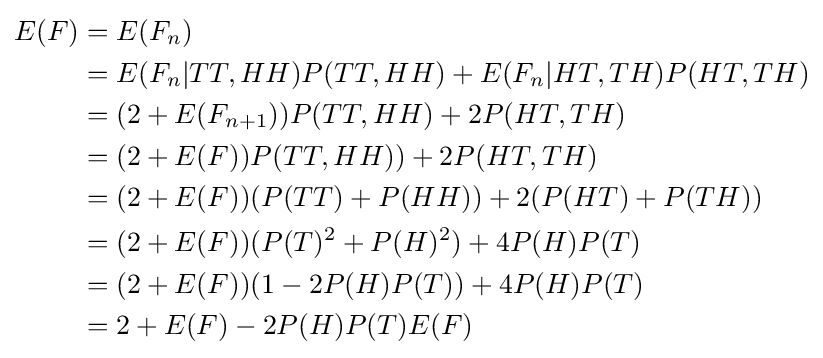
{\begin{aligned}E(F)&=E(F_{n})\\&=E(F_{n}|TT,HH)P(TT,HH)+E(F_{n}|HT,TH)P(HT,TH)\\&=(2+E(F_{n+1}))P(TT,HH)+2P(HT,TH)\\&=(2+E(F))P(TT,HH))+2P(HT,TH)\\&=(2+E(F))(P(TT)+P(HH))+2(P(HT)+P(TH))\\&=(2+E(F))(P(T)^{2}+P(H)^{2})+4P(H)P(T)\\&=(2+E(F))(1-2P(H)P(T))+4P(H)P(T)\\&=2+E(F)-2P(H)P(T)E(F)\\\end{aligned}}